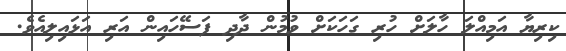
ކިރިޔާ އަމިއްލަ ހާލަށް ހުރި ގަހަކަށް ވުމުން ދާދި ފަސޭހައިން އަރި އަޅައިލިއެވެ.